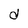
Character: d